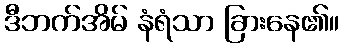
ဒီဘက်အိမ် နံရံသာ ခြားနေ၏။